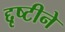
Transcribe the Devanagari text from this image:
द्दृष्टीने